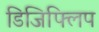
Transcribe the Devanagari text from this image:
डिजिफ्लिप